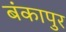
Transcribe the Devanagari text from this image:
बंकापुर